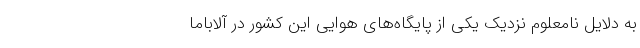
به دلایل نامعلوم نزدیک یکی از پایگاه‌های هوایی این کشور در آلاباما